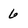
Character: 6